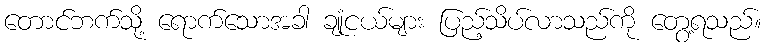
တောင်ဘက်သို့ ရောက်သောအခါ ချုံငယ်များ ပြည့်သိပ်လာသည်ကို တွေ့ရသည်။